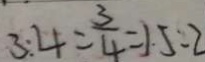
3 : 4 = \frac { 3 } { 4 } = 1 . 5 : 2